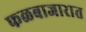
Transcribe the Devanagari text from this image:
फळबाजारात